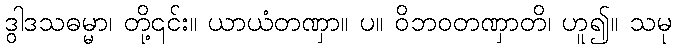
ဒွါဒသဓမ္မာ၊ တို့၎င်း။ ယာယံတဏှာ။ ပ။ ဝိဘဝတဏှာတိ၊ ဟူ၍။ သမု